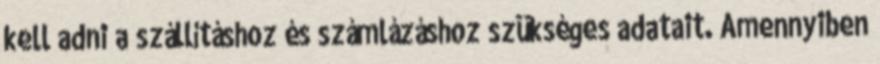
kell adni a szállításhoz és számlázáshoz szükséges adatait. Amennyiben